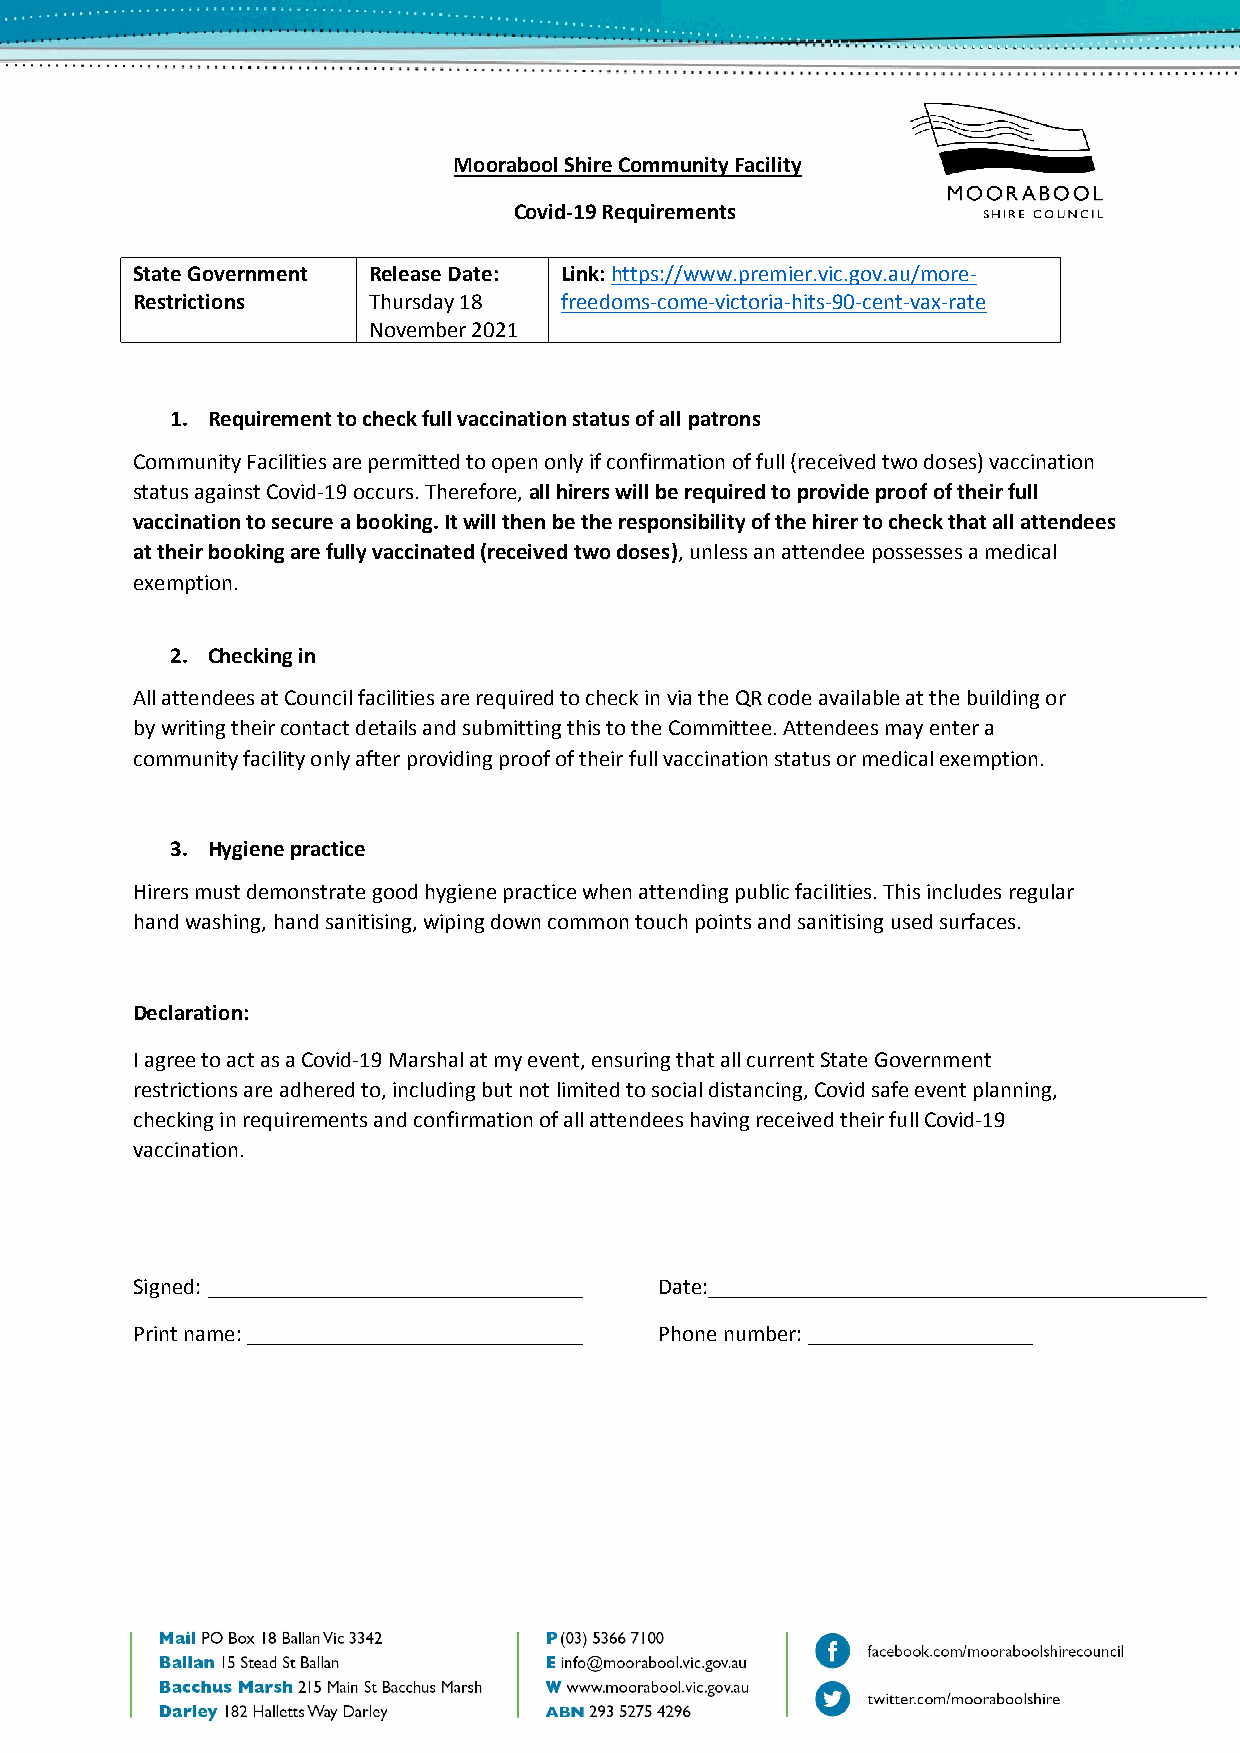
Moorabool Shire Community Facility
 Covid-19 Requirements
 State Government Release Date: Link: https://www.premier.vic.gov.au/more-
 Restrictions   Thursday 18  freedoms-come-victoria-hits-90-cent-vax-rate
 November 2021
 1. Requirement to check full vaccination status of all patrons
 Community Facilities are permitted to open only if confirmation of full (received two doses) vaccination
 status against Covid-19 occurs. Therefore, all hirers will be required to provide proof of their full
 vaccination to secure a booking. It will then be the responsibility of the hirer to check that all attendees
 at their booking are fully vaccinated (received two doses), unless an attendee possesses a medical
 exemption.
 2. Checking in
 All attendees at Council facilities are required to check in via the QR code available at the building or
 by writing their contact details and submitting this to the Committee. Attendees may enter a
 community facility only after providing proof of their full vaccination status or medical exemption.
 3. Hygiene practice
 Hirers must demonstrate good hygiene practice when attending public facilities. This includes regular
 hand washing, hand sanitising, wiping down common touch points and sanitising used surfaces.
 Declaration:
 I agree to act as a Covid-19 Marshal at my event, ensuring that all current State Government
 restrictions are adhered to, including but not limited to social distancing, Covid safe event planning,
 checking in requirements and confirmation of all attendees having received their full Covid-19
 vaccination.
 Signed:                            Date:
 Print name:                        Phone number: